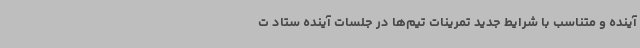
آینده و متناسب با شرایط جدید تمرینات تیم‌ها در جلسات آینده ستاد ت